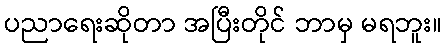
ပညာရေးဆိုတာ အပြီးတိုင် ဘာမှ မရဘူး။